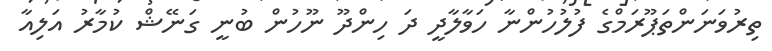
ތިރުވަނަންތަޕޫރަމްގެ ފުލުހުންނާ ހަވާލާދީ ދަ ހިންދޫ ނޫހުން ބުނީ ގަނޭޝް ކުމާރު އަލިއާ